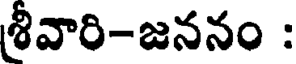
శీవారి-జననం :